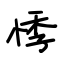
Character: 悸